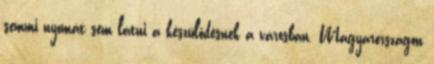
semmi nyomát sem látni a készülődésnek a városban. Magyarországon